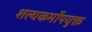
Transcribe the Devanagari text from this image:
शल्यकर्मोपयुक्त